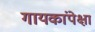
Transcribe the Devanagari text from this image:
गायकांपेक्षा